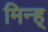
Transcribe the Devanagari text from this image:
मिन्ह्